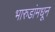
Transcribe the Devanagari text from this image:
भारुडांमधून